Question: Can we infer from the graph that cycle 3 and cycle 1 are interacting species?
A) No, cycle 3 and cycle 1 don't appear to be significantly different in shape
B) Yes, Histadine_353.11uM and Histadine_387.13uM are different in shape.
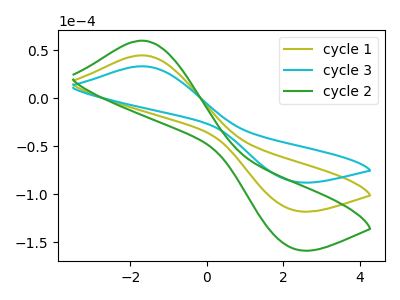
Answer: <think>The olive curve "cycle 1" has an anodic peak at (-1.70V, 44.50uA) and a cathodic peak at (2.25V, -116.25uA). The cyan curve "cycle 3" has an anodic peak at (-1.70V, 33.15uA) and a cathodic peak at (2.25V, -86.55uA). The green curve "cycle 2" has an anodic peak at (-1.70V, 89.00uA) and a cathodic peak at (2.25V, -232.50uA).
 All the peaks in "cycle 3" have a peak in "cycle 1" at the same potential. Every peak in "cycle 3" is lower than every peak in "cycle 1".</think>
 <answer>A) No, "cycle 3" and "cycle 1" don't appear to be significantly different in shape</answer>
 <eval>A</eval>